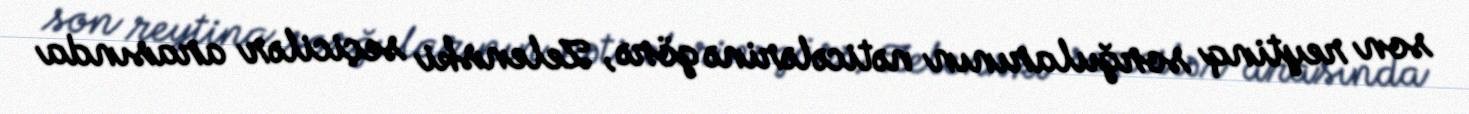
son reytinq sorğularının nəticələrinə görə, Zelenski seçicilər arasında